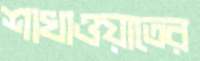
শাখাওয়াতের